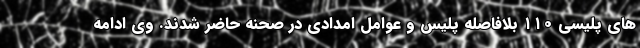
های پلیسی ۱۱۰ بلافاصله پلیس و عوامل امدادی در صحنه حاضر شدند. وی ادامه